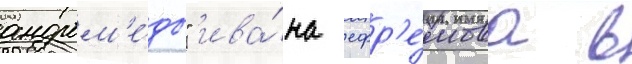
андром'е́ды" ива́на ефр'е́мова в